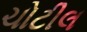
ચોટીલ